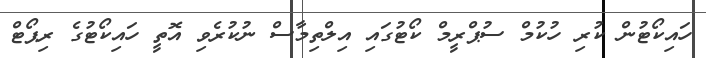
ހައިކޯޓުން ކުރި ހުކުމް ސުޕްރީމް ކޯޓުގައި އިލްތިމާސް ނުކުރެވި އޮތީ ހައިކޯޓުގެ ރިޕޯޓް